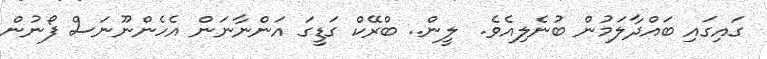
ގައިގައި ބައްދާލަމުން ބުނެލިއެވެ.  ލީން.. ބްރޭކް ގަޑީގަ އަންނާނަން އެހެންނޫނަސް ފޯނުން